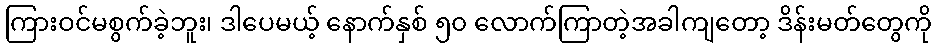
ကြားဝင်မစွက်ခဲ့ဘူး၊ ဒါပေမယ့် နောက်နှစ် ၅၀ လောက်ကြာတဲ့အခါကျတော့ ဒိန်းမတ်တွေကို